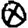
Digit: 0